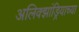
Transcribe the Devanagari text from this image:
अलिक्झांड्रियाच्या